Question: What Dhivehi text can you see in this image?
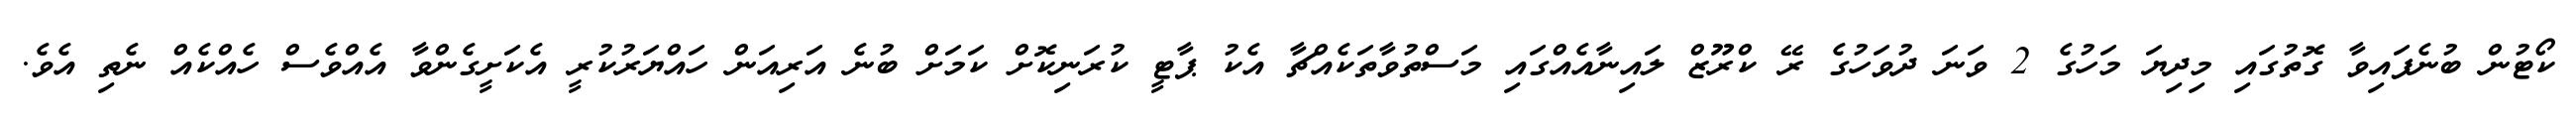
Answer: ކޯޓުން ބުނެފައިވާ ގޮތުގައި މިދިޔަ މަހުގެ 2 ވަނަ ދުވަހުގެ ރޭ ކްރޫޒް ލައިނާއެއްގައި މަސްތުވާތަކެއްޗާ އެކު ޕާޓީ ކުރަނިކޮށް ކަމަށް ބުނެ އަރިއަން ހައްޔަރުކުރީ އެކަށީގެންވާ އެއްވެސް ހެއްކެއް ނެތި އެވެ.